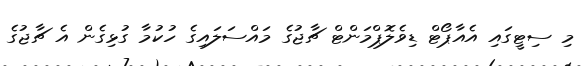
މި ސިޓީގައި އެއާޕޯޓް ޑިވެލޮޕްމަންޓް ޗާޖުގެ މައްސަލައިގެ ހުކުމާ ގުޅިގެން އެ ޗާޖުގެ